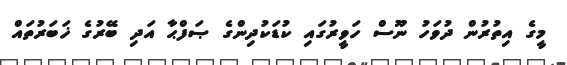
މީގެ އިތުރުން ދުވަހު ނޫސް ހަވީރުގައި ކުޑަކުދިންގެ ޞަފްޙާ އަދި ބޭރުގެ ޚަބަރުތައް